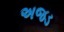
અજડ